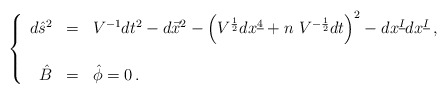
\begin{align*}\left\{\begin{array}{rcl}d\hat{s}^{2} & = & V^{-1}dt^{2} -d\vec{x}^{2}-\left( V^{\frac{1}{2}} dx^{\underline{4}}+n\ V^{-\frac{1}{2}}dt\right)^{2}-dx^{\underline{I}} dx^{\underline{I}}\, , \\& & \\\hat{B} & = & \hat{\phi} = 0\, .\\\end{array}\right.\end{align*}